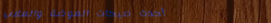
أحدث صيحات الموضة والملاب